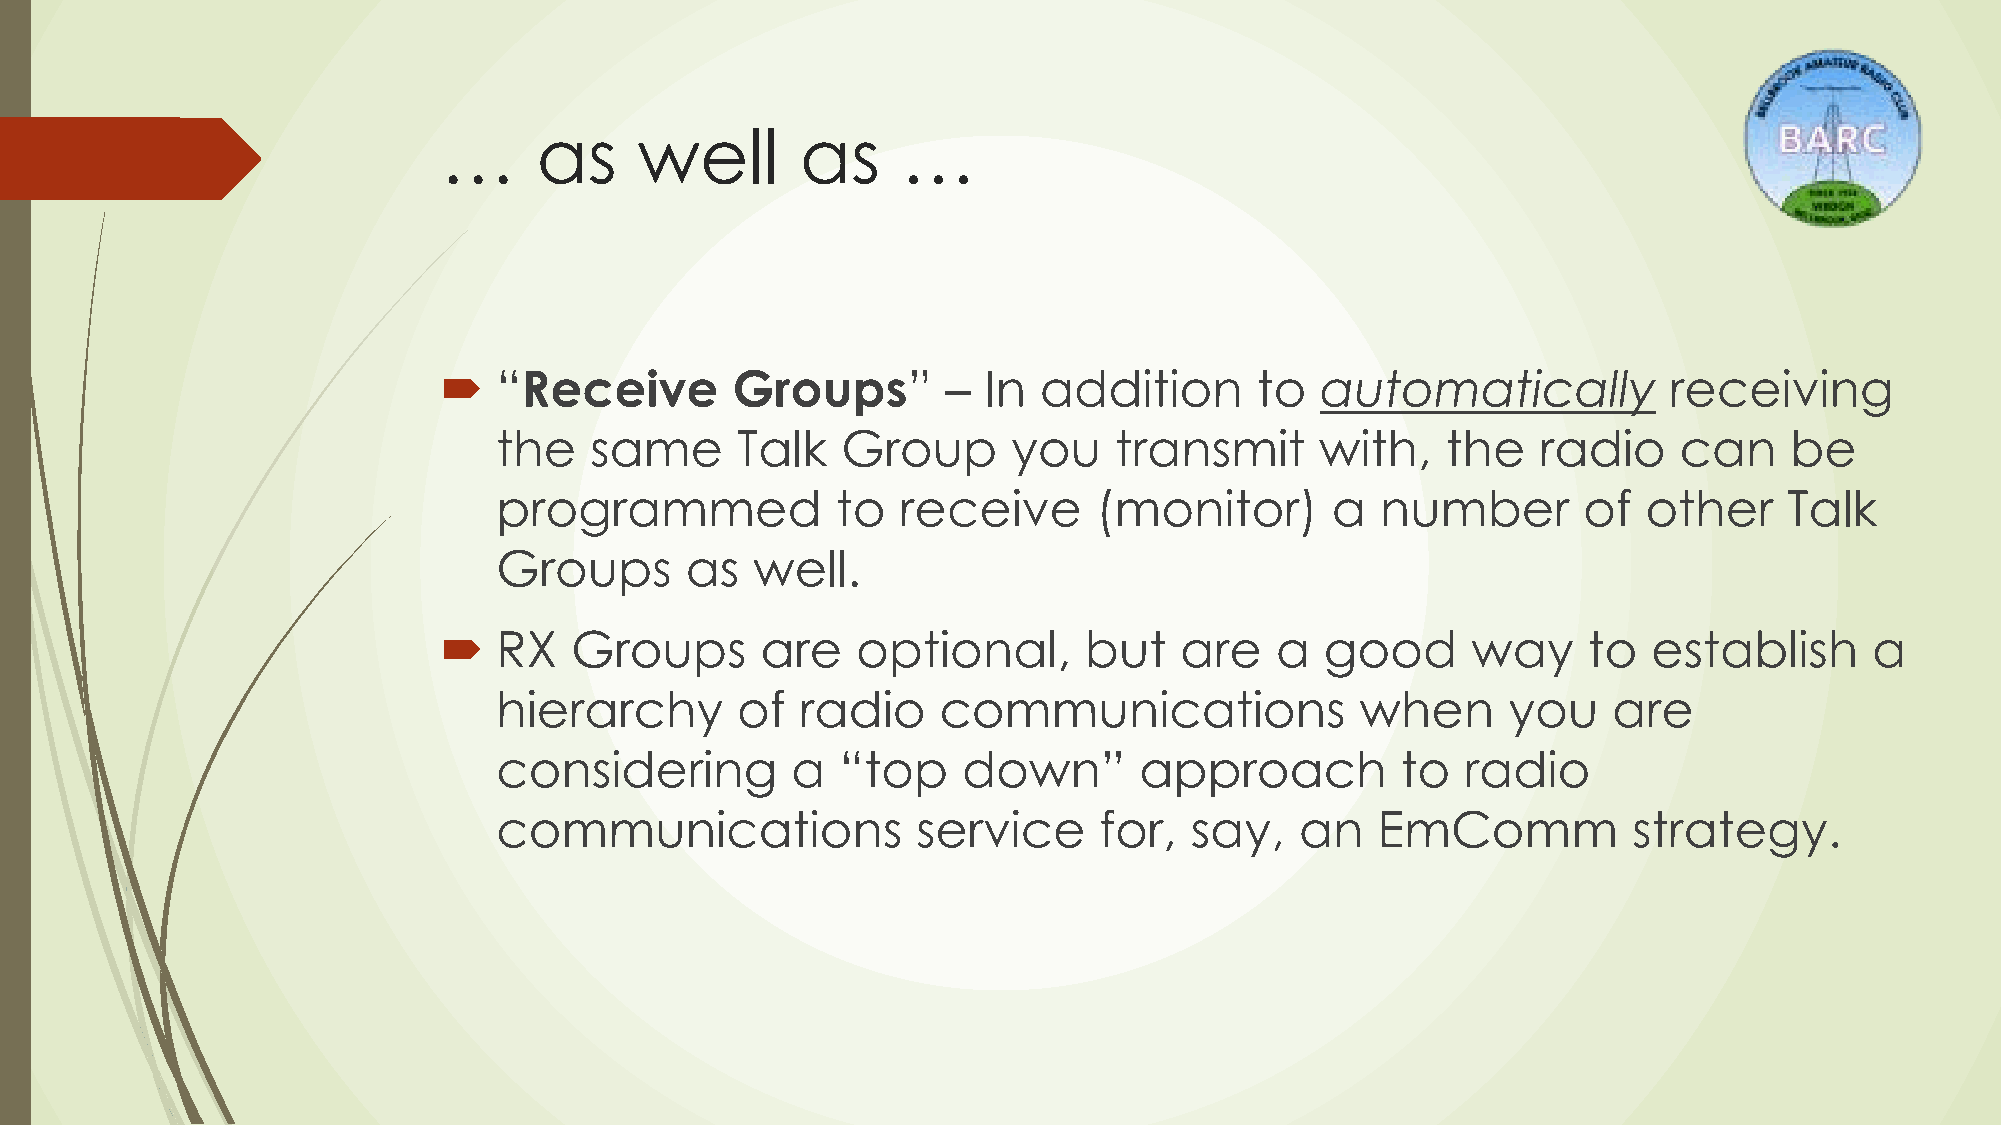
…      as    well       as     …
    “Receive       Groups”        – In  addition      to  automatically          receiving
 the   same      Talk   Group      you    transmit     with,    the   radio    can    be
 programmed            to   receive      (monitor)      a  number        of  other    Talk
 Groups      as   well.
    RX   Groups      are    optional,      but   are   a   good     way     to  establish      a
 hierarchy       of  radio    communications              when      you    are
 considering        a   “top    down”      approach          to  radio
 communications              service     for,  say,   an   EmComm           strategy.